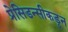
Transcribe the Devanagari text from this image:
प्रेसिडन्सीकडून